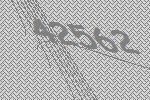
42562